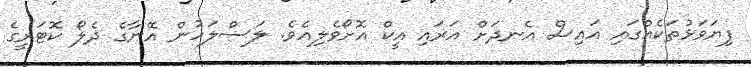
ފިޔަވަޅުތަކެއްގައި އައިސް އެނދަށް އަރައި އީކް އޮށޯވެލިއެވެ. ލަސްލަހުން އޭނާގެ ދެލޯ ކޮޓަރީގެ